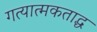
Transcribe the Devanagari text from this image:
गत्यात्मकताद्ध